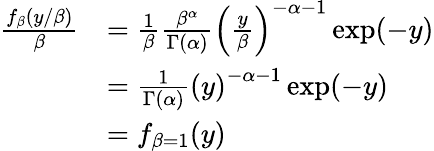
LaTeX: {\begin{array}{rl}{{\frac{f_{\beta}(y/\beta)}{\beta}}}&{={\frac{1}{\beta}}{\frac{\beta^{\alpha}}{\Gamma(\alpha)}}\left({\frac{y}{\beta}}\right)^{-\alpha-1}\exp(-y)}\\ &{={\frac{1}{\Gamma(\alpha)}}\left(y\right)^{-\alpha-1}\exp(-y)}\\ &{=f_{\beta=1}(y)}\end{array}}